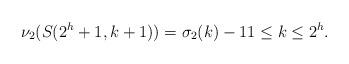
LaTeX: \begin{align*}\nu_2(S(2^h+1,k+1))=\sigma_2(k)-1 1 \le k \le 2^h.\end{align*}